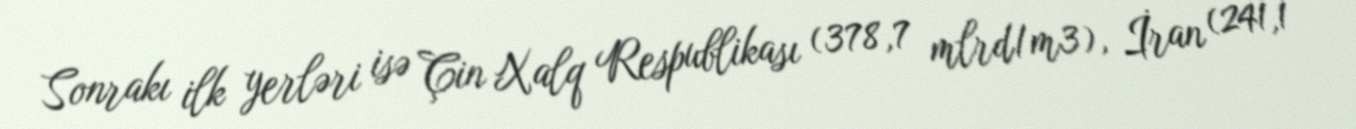
Sonrakı ilk yerləri isə Çin Xalq Respublikası (378,7 mlrd/m3), İran (241,1